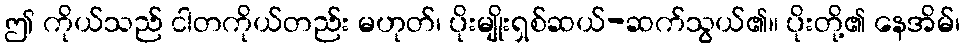
ဤ ကိုယ်သည် ငါတကိုယ်တည်း မဟုတ်၊ ပိုးမျိုးရှစ်ဆယ်-ဆက်သွယ်၏။ ပိုးတို့၏ နေအိမ်၊